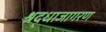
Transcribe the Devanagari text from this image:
श्रद्धाजागरण